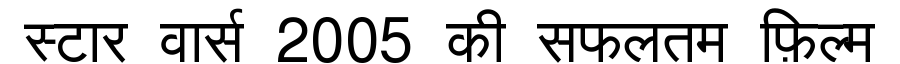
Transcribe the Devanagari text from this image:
स्टार वार्स 2005 की सफलतम फ़िल्म